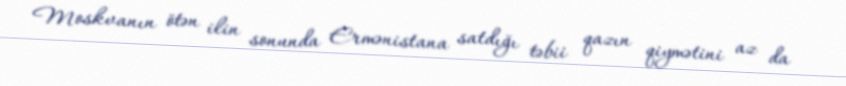
Moskvanın ötən ilin sonunda Ermənistana satdığı təbii qazın qiymətini az da